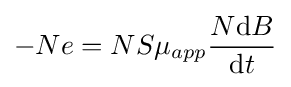
-Ne=NS\mu _{app}{\frac {N\mathrm {d} B}{\mathrm {d} t}}